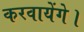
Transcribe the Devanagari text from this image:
करवायेंगे।